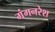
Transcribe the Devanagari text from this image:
गंगनरेश